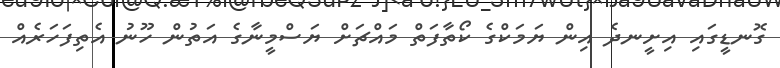
ގޮނޑީގައި އިށީނދެ އިން ޔަމަކްގެ ކޯތާފަތް މައްޗަށް ޔަސްމީނާގެ އަތުން ހޫނު އެތިފަހަރެއް